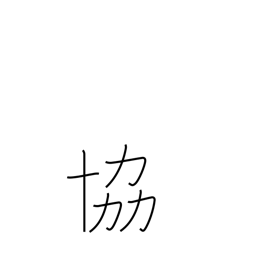
Meaning: co-